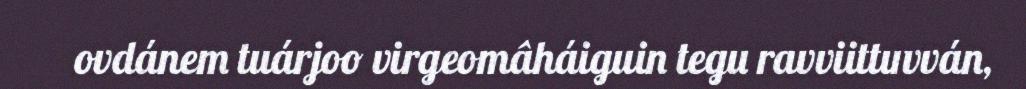
ovdánem tuárjoo virgeomâháiguin tegu ravviittuvván,